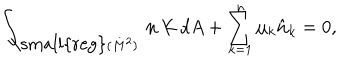
LaTeX: \int _ { { \mathrm { \small { r e g } } } ( M ^ { 2 } ) } \, { \bf n } \, K \, d A + \sum _ { k = 1 } ^ { n } \mu _ { k } \hat { \bf n } _ { k } = 0 ,